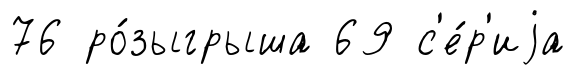
76 ро́зыгрыша 69 с'е́р'иjа